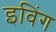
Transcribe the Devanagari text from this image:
इविंग